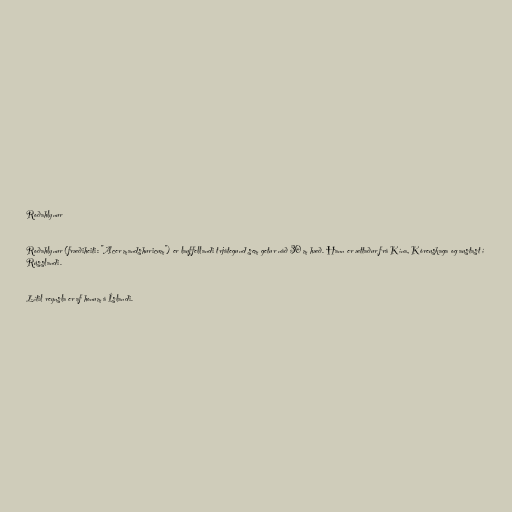
Roðahlynur

Roðahlynur (fræðiheiti: "Acer mandshuricum") er lauffellandi trjátegund sem getur náð 30 m hæð. Hann er ættaður frá Kína, Kóreuskaga og austast í
Rússlandi.

Lítil reynsla er af honum á Íslandi.